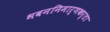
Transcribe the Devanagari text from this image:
भवननिमार्णकर्ता